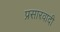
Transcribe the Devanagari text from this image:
प्रसारवादी